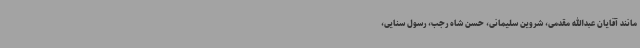
مانند آقایان عبدالله مقدمی، شروین سلیمانی، حسن شاه رجب، رسول سنایی،